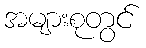
အများစုတွင်